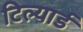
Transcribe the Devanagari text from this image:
टिल्यार्ड